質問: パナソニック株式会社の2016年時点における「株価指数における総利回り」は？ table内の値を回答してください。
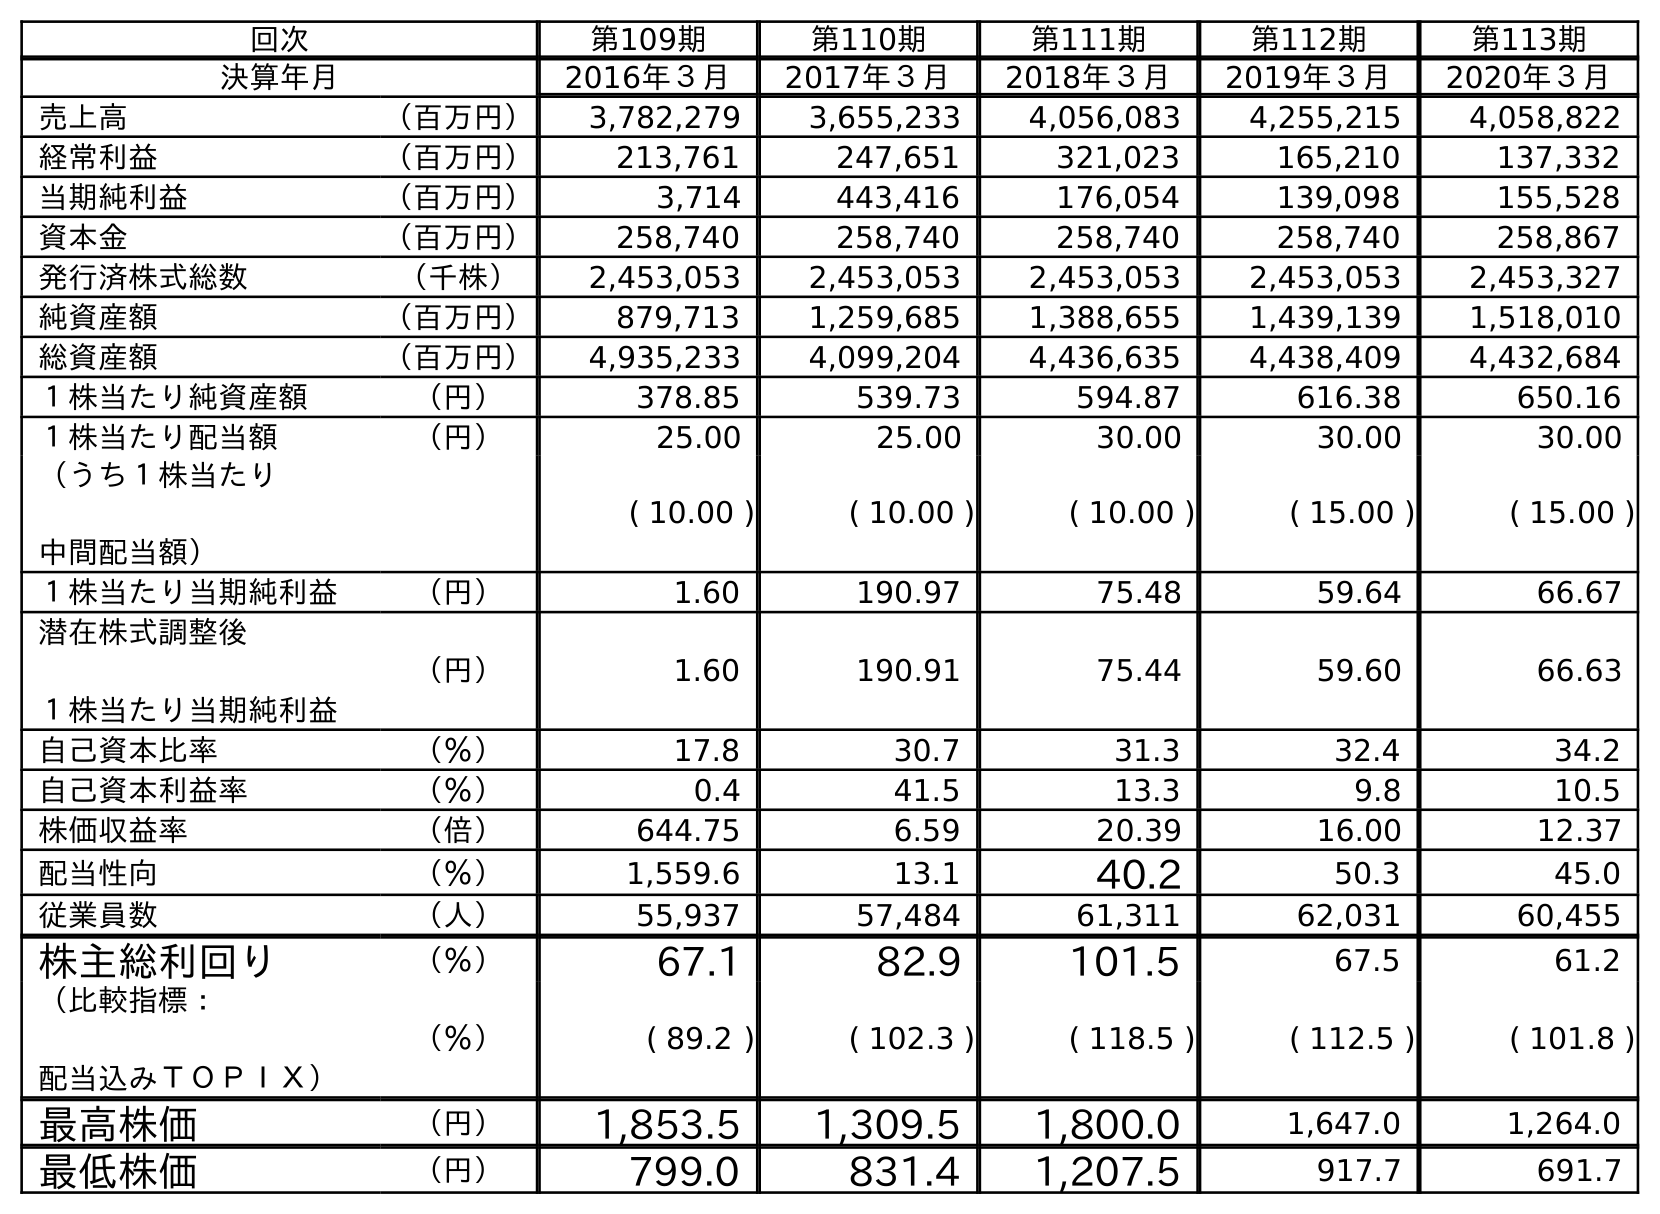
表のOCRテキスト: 回次 第109期 第110期 第111期 第112期 第113期 決算年月 2016年３月 2017年３月 2018年３月 2019年３月 2020年３月 売上高 （百万円） 3,782,279 3,655,233 4,056,083 4,255,215 4,058,822 経常利益 （百万円） 213,761 247,651 321,023 165,210 137,332 当期純利益 （百万円） 3,714 443,416 176,054 139,098 155,528 資本金 （百万円） 258,740 258,740 258,740 258,740 258,867 発行済株式総数 （千株） 2,453,053 2,453,053 2,453,053 2,453,053 2,453,327 純資産額 （百万円） 879,713 1,259,685 1,388,655 1,439,139 1,518,010 総資産額 （百万円） 4,935,233 4,099,204 4,436,635 4,438,409 4,432,684 １株当たり純資産額 （円） 378.85 539.73 594.87 616.38 650.16 １株当たり配当額 （円） 25.00 25.00 30.00 30.00 30.00 （うち１株当たり 中間配当額） ( 10.00 ) ( 10.00 ) ( 10.00 ) ( 15.00 ) ( 15.00 ) １株当たり当期純利益 （円） 1.60 190.97 75.48 59.64 66.67 潜在株式調整後 １株当たり当期純利益 （円） 1.60 190.91 75.44 59.60 66.63 自己資本比率 （％） 17.8 30.7 31.3 32.4 34.2 自己資本利益率 （％） 0.4 41.5 13.3 9.8 10.5 株価収益率 （倍） 644.75 6.59 20.39 16.00 12.37 配当性向 （％） 1,559.6 13.1 40.2 50.3 45.0 従業員数 （人） 55,937 57,484 61,311 62,031 60,455 株主総利回り （％） 67.1 82.9 101.5 67.5 61.2 （比較指標： 配当込みＴＯＰＩＸ） （％） ( 89.2 ) ( 102.3 ) ( 118.5 ) ( 112.5 ) ( 101.8 ) 最高株価 （円） 1,853.5 1,309.5 1,800.0 1,647.0 1,264.0 最低株価 （円） 799.0 831.4 1,207.5 917.7 691.7
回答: (89.2)